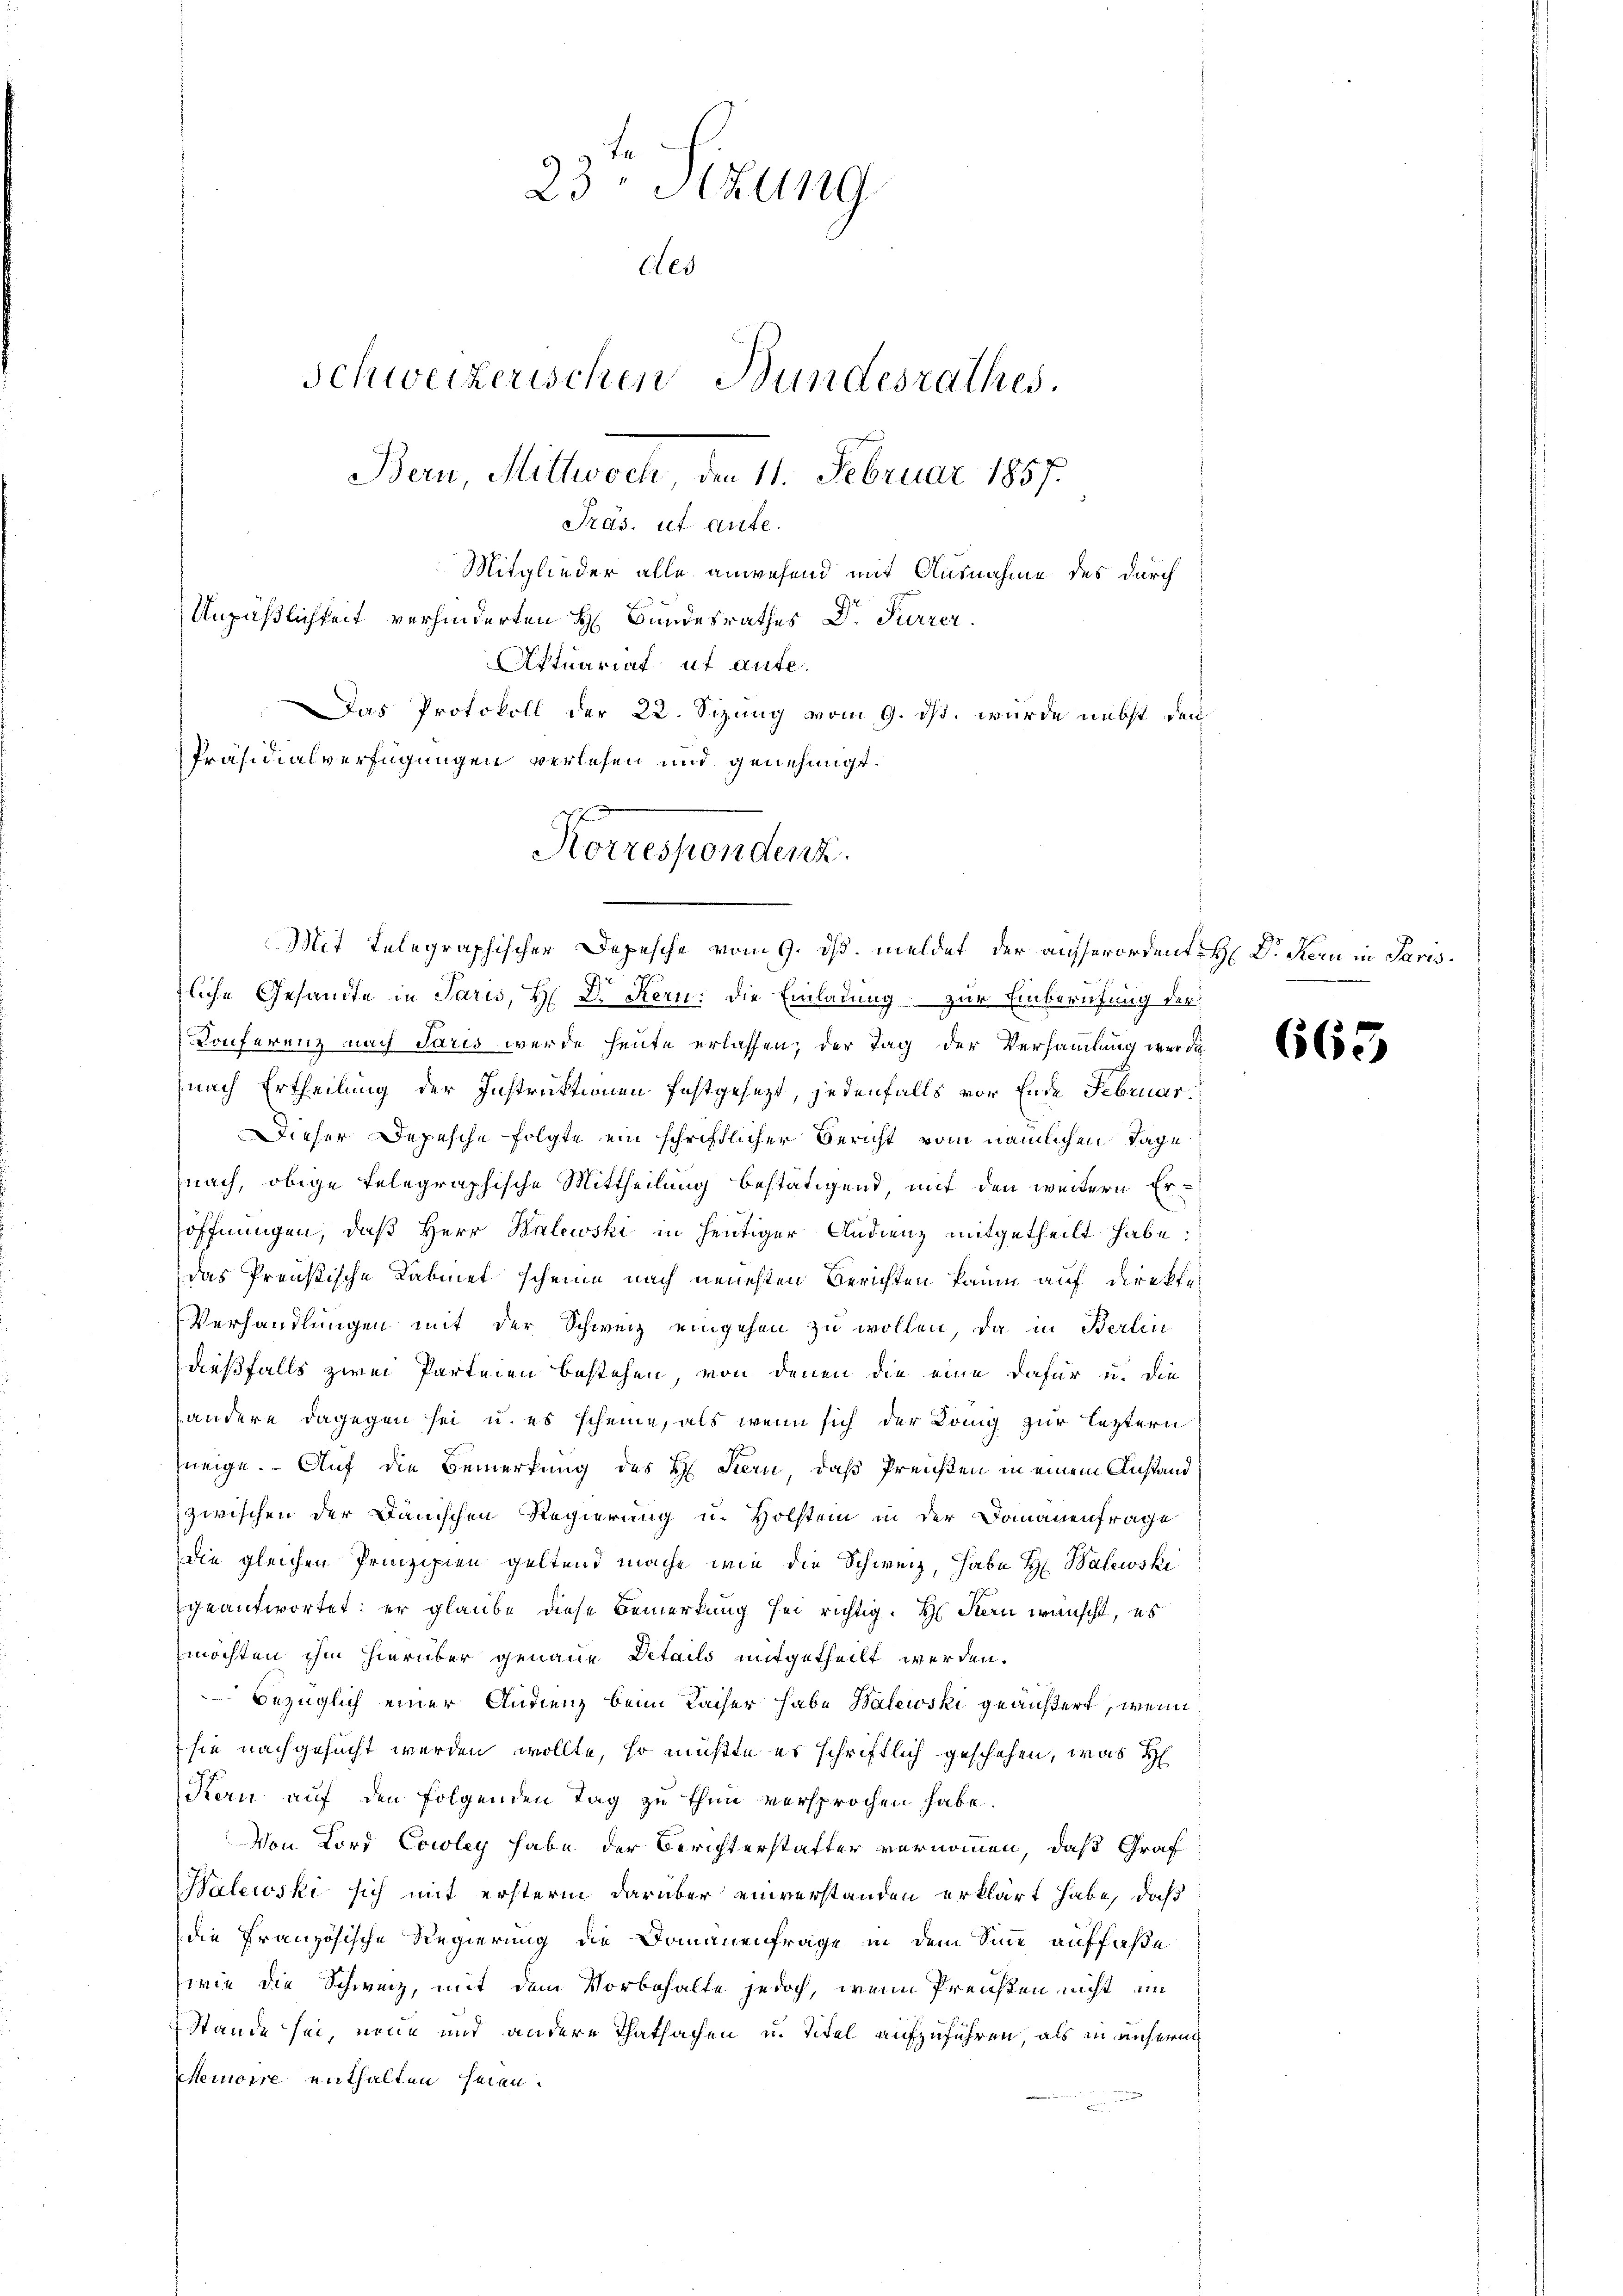
23ten Sizung
Aes
Schweizerischen Bundesrathes.
Bern, Mittwoch, den 11. Februar 1857.
Präs. ut aufe.
Mitglieder alle anwesend mit Ausnahme des durch
Unpäßlichkeit verhinderten H. Bundesrathes Dr. Furrer.
Aktuariat ut aute.
Das Protokoll der 22. Sizung vom 9. ds. wurde nebst den
Präsidialverfügungen verlesen und genehmigt.

Korrespondenz.
Mit Telegraphischer Depesche vom 9. ds. meldet der ausserordent H. Dienen in Paris¬

fliche Gesamte in Paris, H. Dr. Kern: die Einladung zur Einberufung der
Konferenz nach Paris werde heute erlassen, der Tag der Versammlung werde
nach Ertheilung der Instruktionen festgesezt, jedenfalls vor Ende Februar.
Dieser Depesche folgte ein schriftlicher Bericht vom nämlichen Tage
nach, obige telegraphische Mittheilung bestätigend, mit den weitern Eröffnungen, daß Herr Kalewski in heutiger Audienz mitgetheilt habe.
das Preußische Kabinet scheine nach neuesten Berichten kaum auf Direkter
Verhandlungen mit der Schweiz eingehen zu wollen, da in Berlin
dießfalls zwei Parteien bestehen, von denen die eine dafür u. die
andere dagegen sei u. es scheine, als wenn sich der König zur letztern
neige. Auf die Bemerkung des H. Kern, daß Preisten in einem Anstand
zwischen der Dänischen Regierung u. Holstein in der Domanenfrage
die gleichen Prinzipien geltend mache wie die Schweiz, habe H. Balewski
geantwortet; er glaube diese Bemerkung sei richtig. H. Stern wünscht, es
möchten ihm hierüber genaue Details mitgetheilt werden.
 bezüglich einer Audienz beim Kaiser habe Balewski geäußert, wenn
sie nachgesucht werden wollte, so müßte es schriftlich geschehen, was H
Kern auf den folgenden Tag zu thun versprochen habe.
Von Lord Cowley habe der Berichterstatter vernommen, daß Graf
Balewski sich mit ersterm darüber einverstanden erklärt habe, daß
die Französische Regierung die Domanenfrage in dem Sinne auffaße
(wie die Schweiz, mit dem Vorbehalte jedoch, wenn Preisen nicht im
Stände sei, neue und andere Thatsachen u. Titel aufzuführen, als in unsern
Meinore enthalten seien.

665